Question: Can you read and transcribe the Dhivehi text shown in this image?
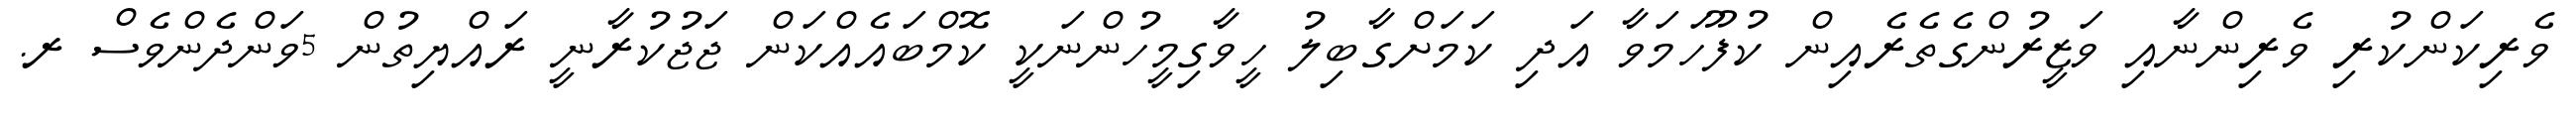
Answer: ވެރިކަންކުރި ވެރިންނާއި ވަޒީރުންގެތެރެއިން ކުފޫހަމަވާ އަދި ކަމަށްގާބިލު ހީވާގިމީހުންނަކީ ކޮމްބައެއްކަން ޖަޖުކުރާނީ ރައްޔިތުން 5ވަންދެންވެސް ރ.